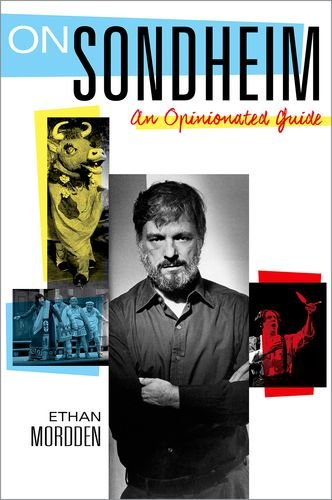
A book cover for On Sondheim: An Opinionated Guide; Ethan Mordden; Humor & Entertainment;